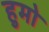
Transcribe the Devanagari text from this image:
हुमो